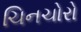
ચિનચોરો